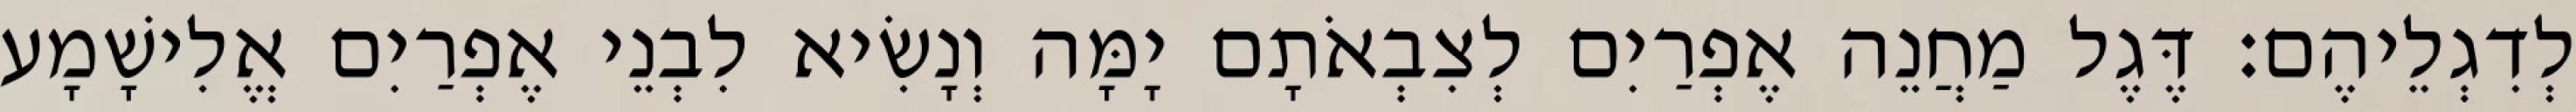
לְדִגְלֵיהֶם׃ דֶּגֶל מַחֲנֵה אֶפְרַיִם לְצִבְאֹתָם יָמָּה וְנָשִׂיא לִבְנֵי אֶפְרַיִם אֱלִישָׁמָע